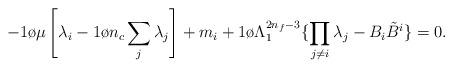
LaTeX: \begin{align*}-{1 \o \mu} \left[ \lambda_i - {1 \o n_c}\sum_j\lambda_j \right] + m_i +{1\o \Lambda_1^{2 n_f-3}} \{ \prod_{j\ne i} \lambda_j- B_i {\tilde B}^i \} =0.\end{align*}